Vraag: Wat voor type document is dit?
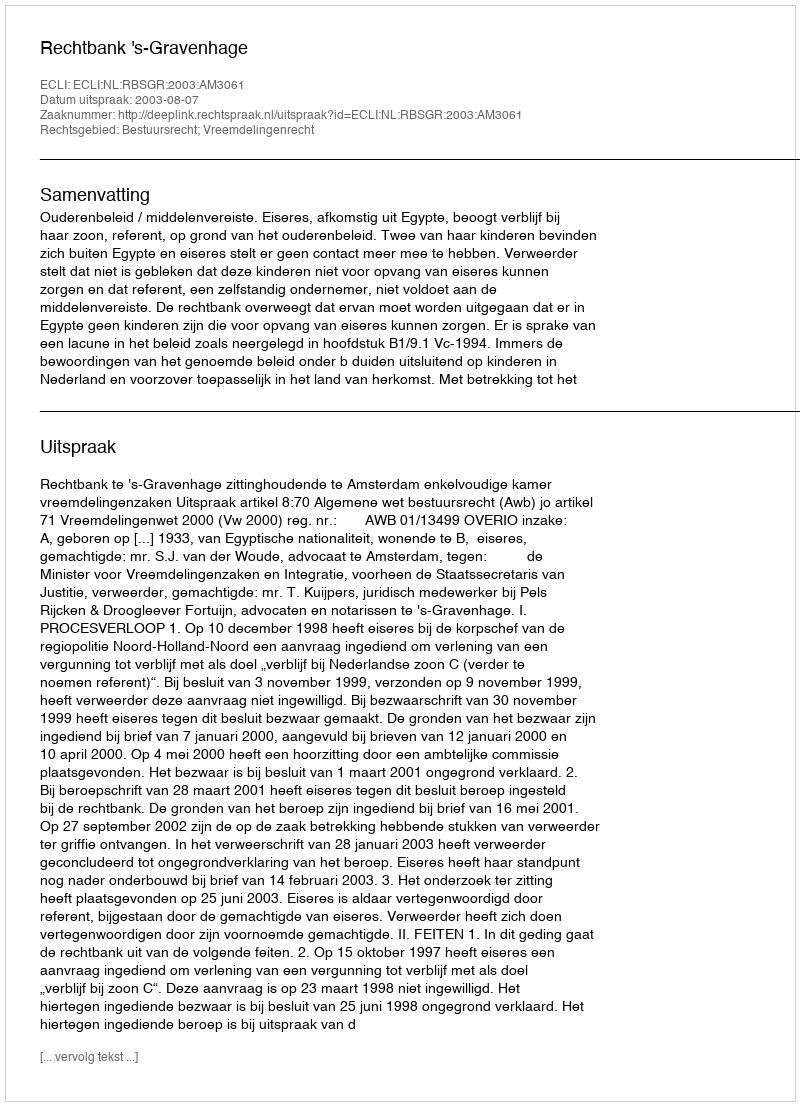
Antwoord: Uitspraak